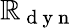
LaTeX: \mathbb{R}_{\mathrm{{~d~y~n~}}}